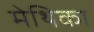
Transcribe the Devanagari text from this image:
मेथिका